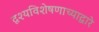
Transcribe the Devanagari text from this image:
दृश्यविशेषणाच्याद्वारे